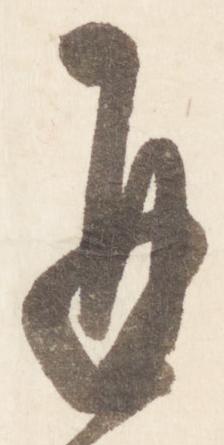
再